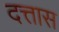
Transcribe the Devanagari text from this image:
दत्तास